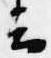
云